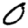
Digit: 0